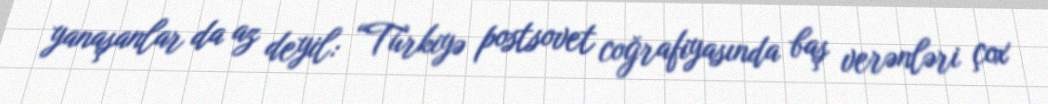
yanaşanlar da az deyil: “Türkiyə postsovet coğrafiyasında baş verənləri çox